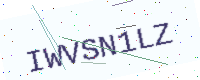
Text: IWVSN1LZ